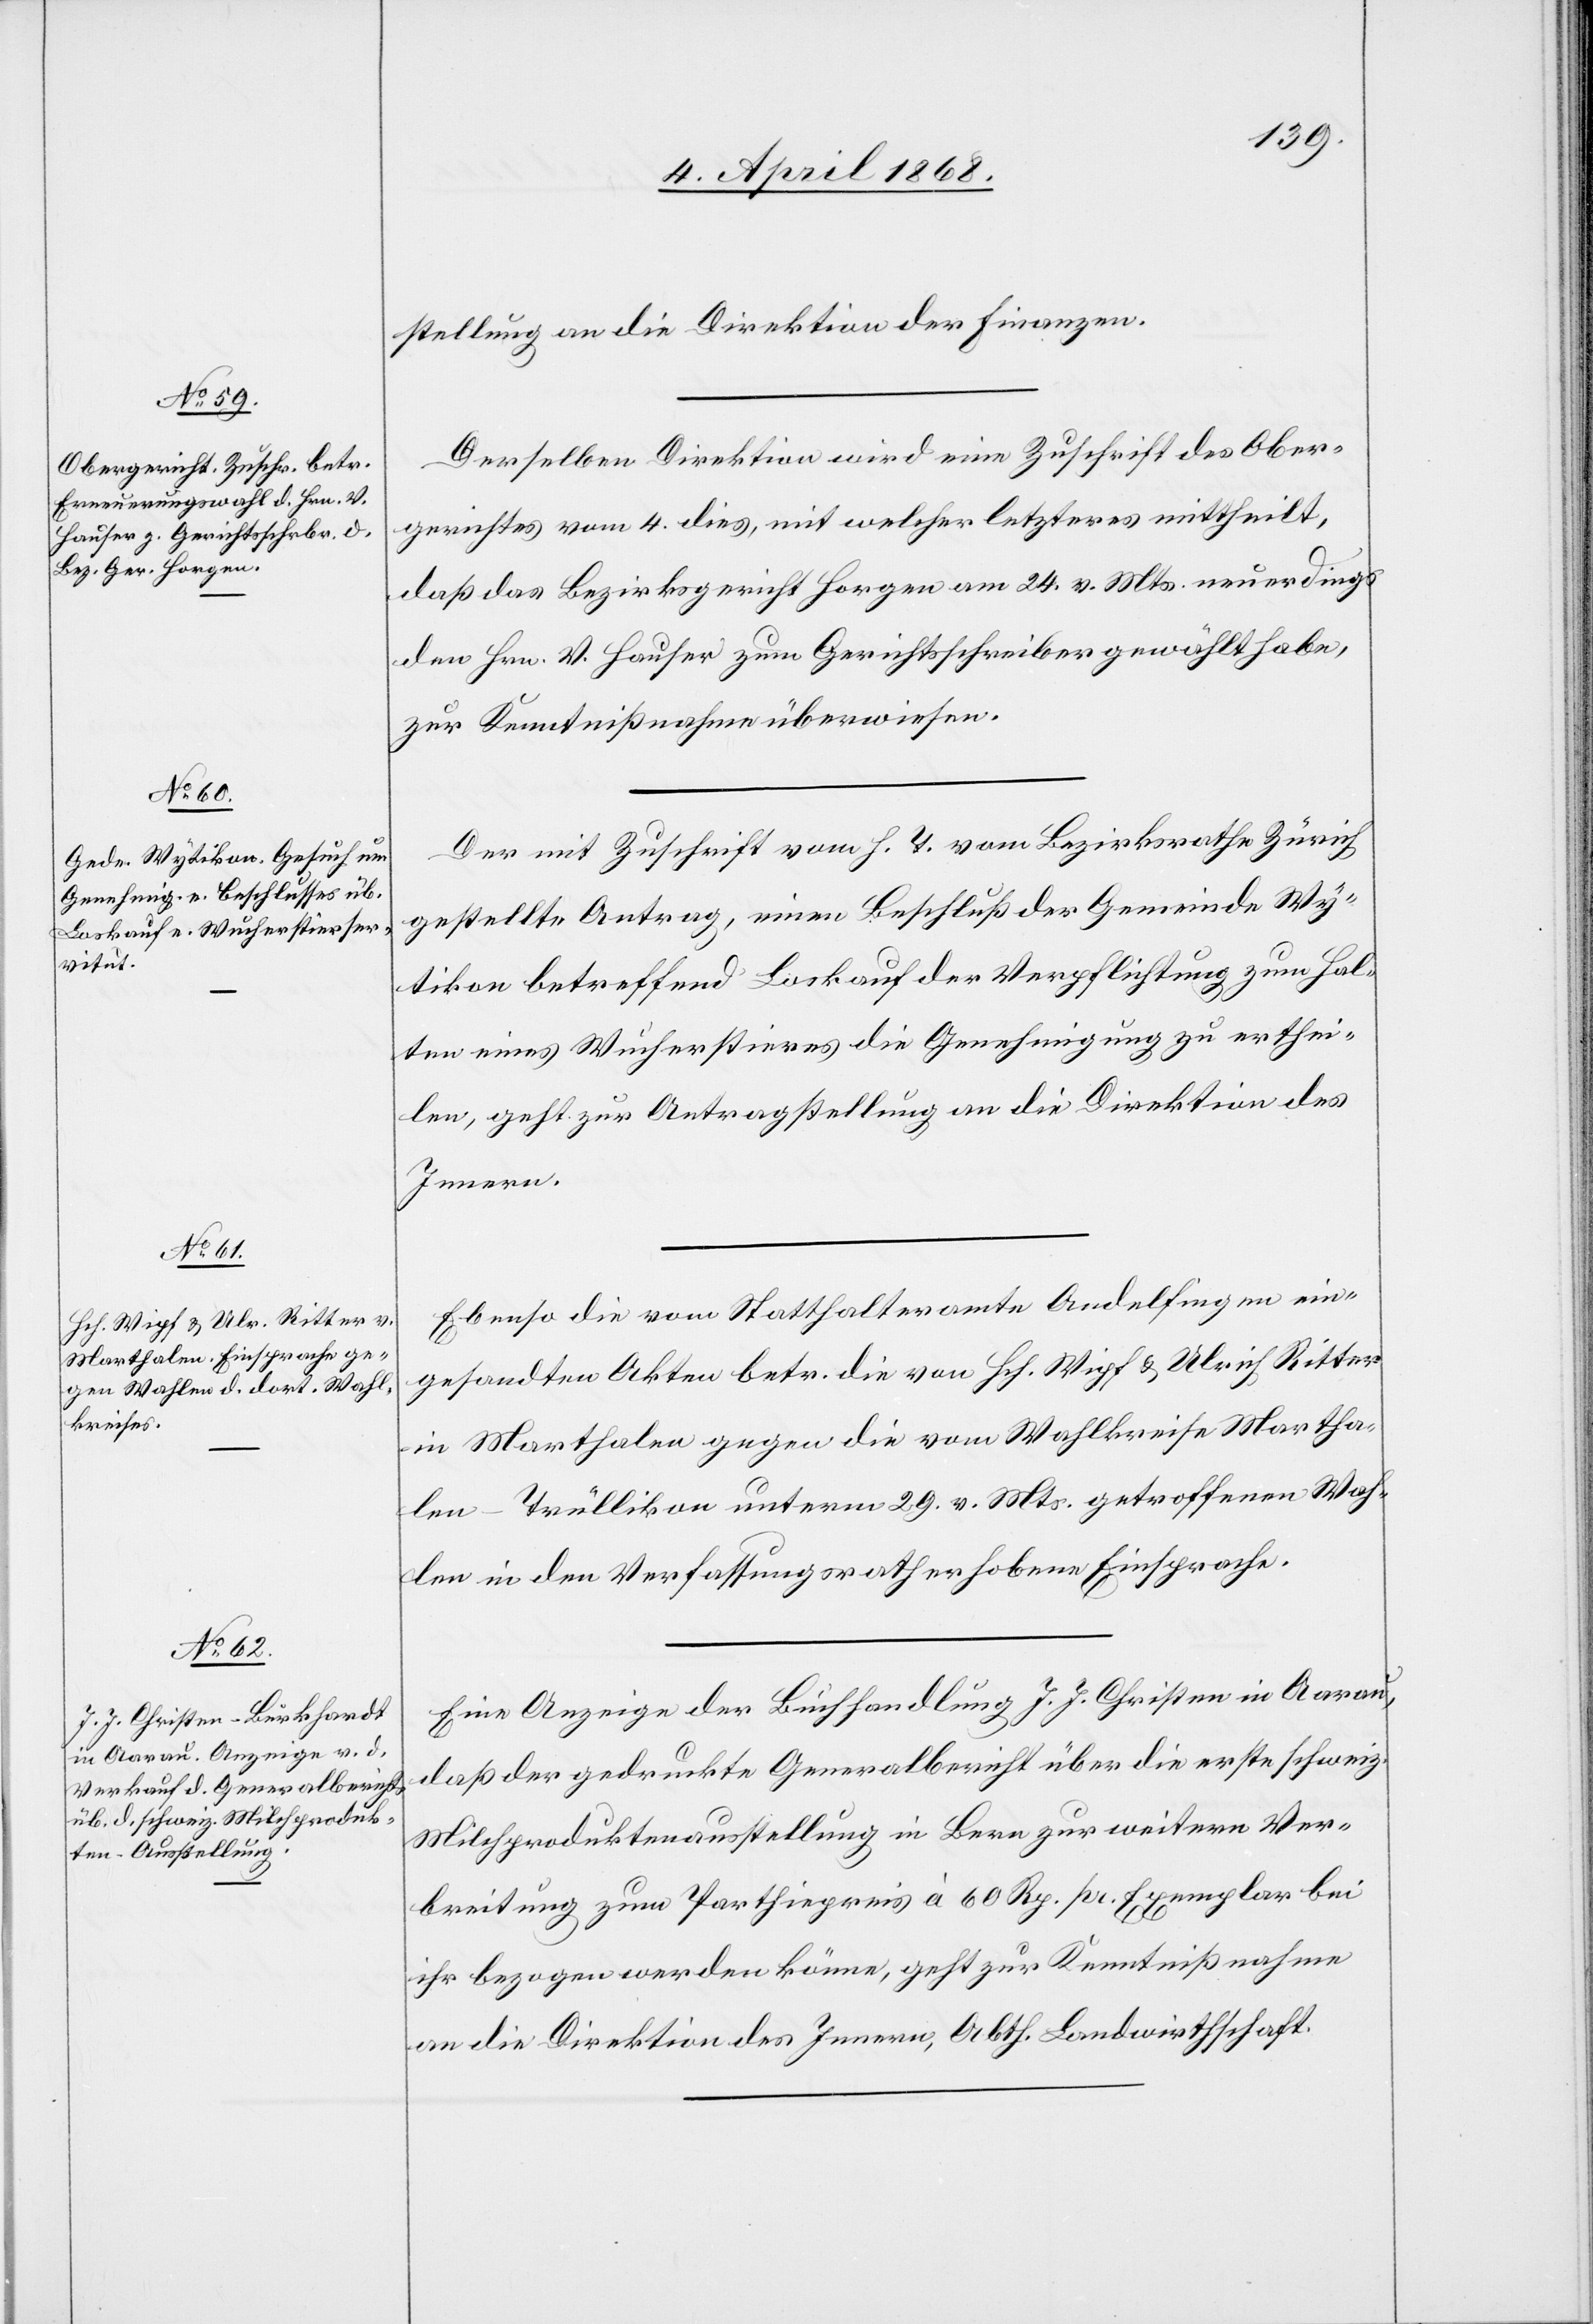
9. April 1868.]
stellung an die Direktion der Finanzen.
Derselben Direktion wird eine Zuschrift des Ober¬
gerichtes vom 4. dies, mit welcher letzteres mittheilt,
daß das Bezirksgericht Horgen am 24. v. Mts. neuerdings
den Hrn. V. Hauser zum Gerichtsschreiber gewählt habe,
zur Kenntnißnahme überwiesen.
Der mit Zuschrift vom h. T. vom Bezirksrathe Zürich
gestellte Antrag, einen Beschluß der Gemeinde Wy¬
tikon betreffend Loskauf der Verpflichtung zum Hal¬
ten eines Wucherstieres die Genehmigung zu erthei¬
len, geht zur Antragstellung an die Direktion des
Innern.
Ebenso die vom Statthalteramte Andelfingen ein¬
gesandten Akten betr. die von Hch. Wipf & Ulrich Ritter
in Marthalen gegen die vom Wahlkreise Martha¬
len-Trüllikon unterm 29. v. Mts. getroffenen Wah¬
len in den Verfassungsrath erhobene Einsprache.
Eine Anzeige der Buchhandlung J. J. Christen in Aarau,
daß der gedruckte Generalbericht über die erste schweiz.
Milchproduktenausstellung in Bern zur weitern Ver¬
breitung zum Parthiepreis à 60 Rp. pr. Exemplar bei
ihr bezogen werden könne, geht zur Kenntnißnahme
an die Direktion des Innern, Abth. Landwirthschaft.